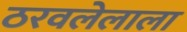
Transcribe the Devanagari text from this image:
ठरवलेलाला